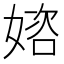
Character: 𡟔